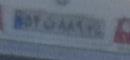
۵۴ن۸۸۹۲۵